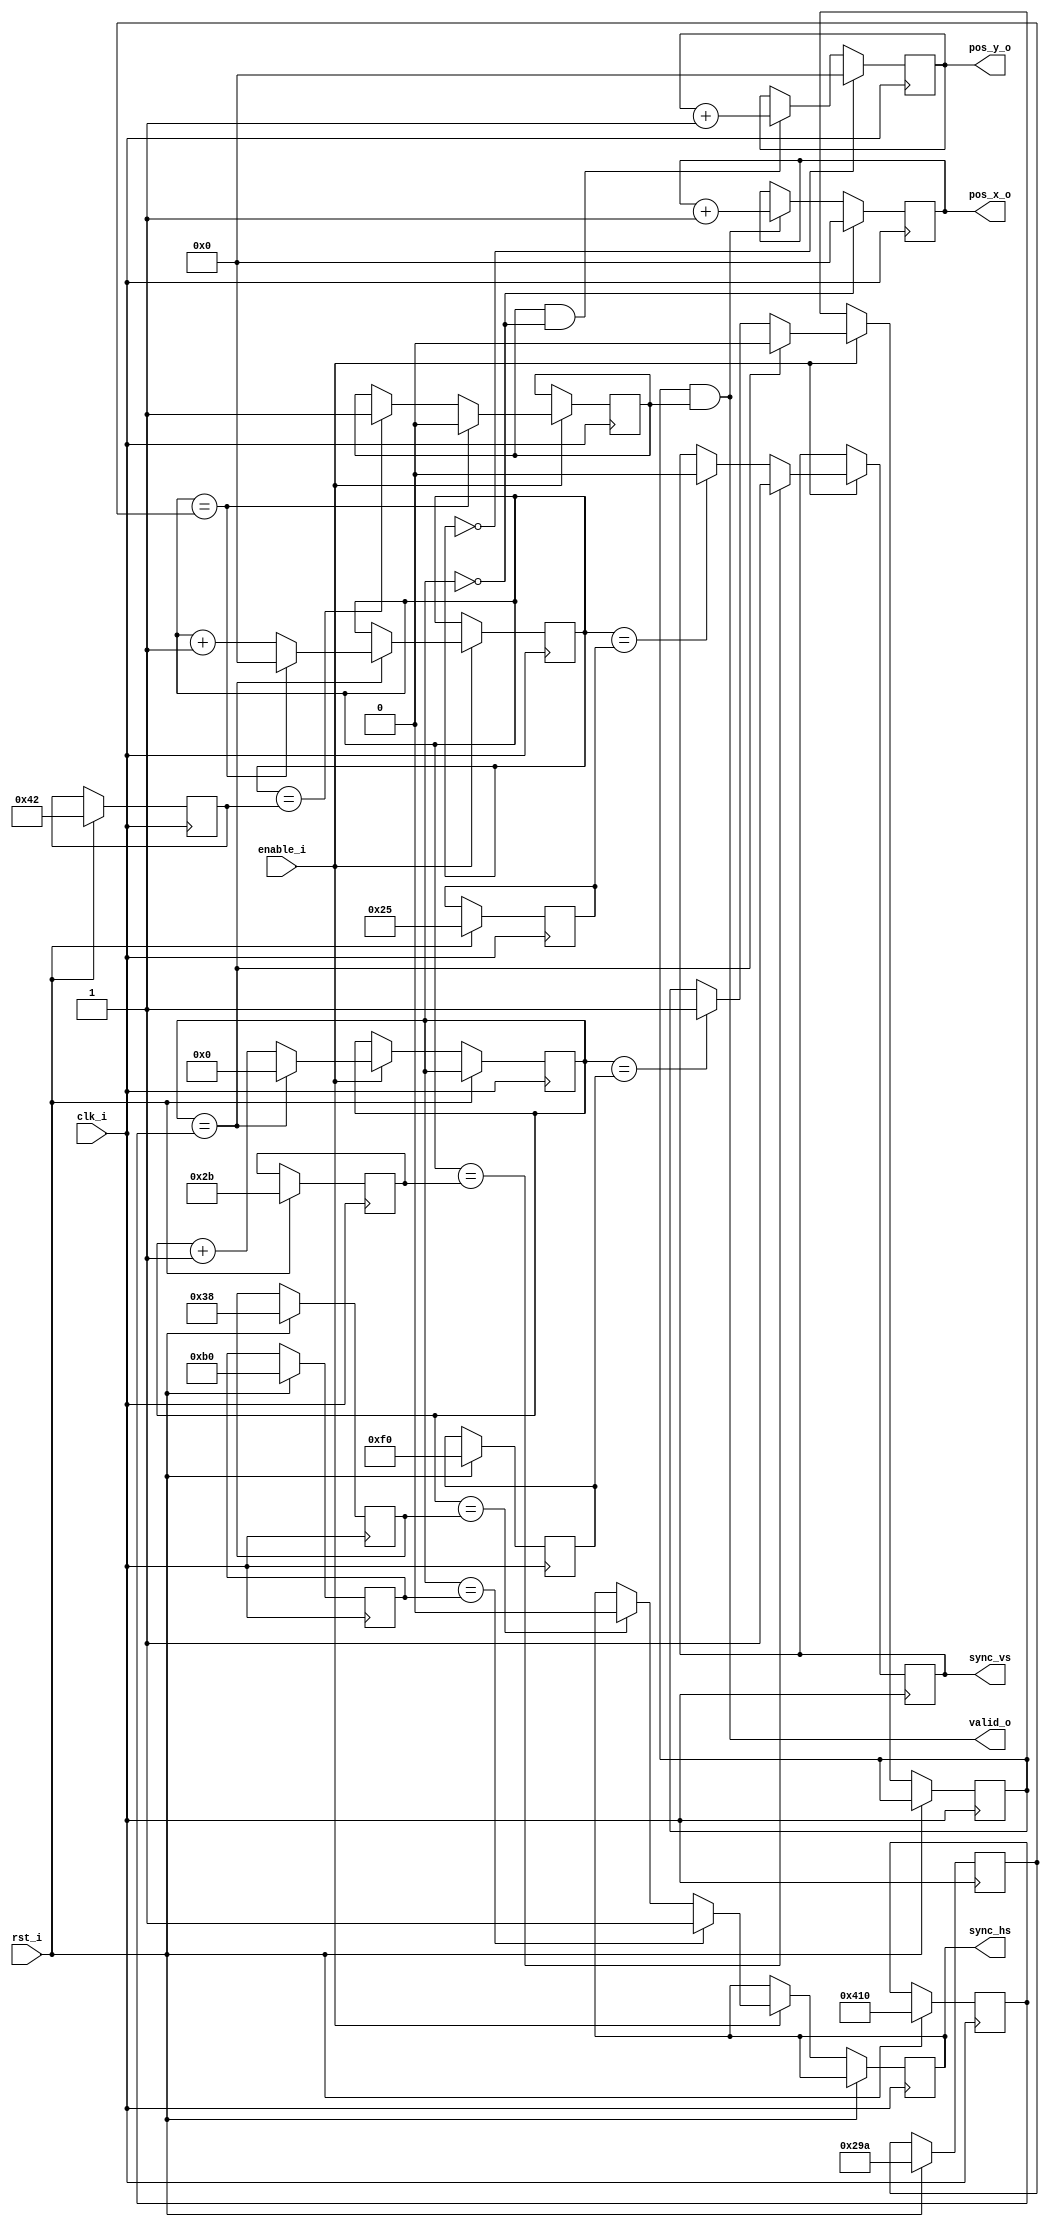
module vga_sync(
	input        rst_i, 
	input        clk_i,
	input        enable_i,
	output       valid_o,
	output [9:0] pos_x_o,
	output [9:0] pos_y_o,
	output       sync_vs,
	output       sync_hs
);

parameter H_FP     =  56; // Front porch (in pixels-clocks)
parameter H_BP     =  64; // Back porch (in pixels-clocks)
parameter H_PULSE  = 120; // HS pulse length (in pixels-clocks)
parameter H_PIXELS = 800; // Whole line
parameter V_FP     =  37; // Front porch (in lines)
parameter V_PULSE  =   6; // VS pulse length (in lines)
parameter V_BP     =  23; // Back porch (in lines)
parameter V_LINES  = 600; // Whole line

reg [10:0] hs_t_front;
reg [10:0] hs_t_pulse;
reg [10:0] hs_t_back;
reg [10:0] hs_t_total;
reg [ 9:0] vs_t_front;
reg [ 9:0] vs_t_pulse;
reg [ 9:0] vs_t_back;
reg [ 9:0] vs_t_total;
reg [10:0] count_hs = 11'h0;
reg [ 9:0] count_vs = 10'h0;

reg vid_hs          = 1'b1;
reg vid_vs          = 1'b1;
assign sync_vs = vid_vs;
assign sync_hs = vid_hs;

reg  vid_hvalid     = 1'b0;
reg  vid_vvalid     = 1'b0;
wire valid;
assign valid = (vid_hvalid && vid_vvalid);
assign valid_o = valid;

reg [9:0] pos_x;
reg [9:0] pos_y;
assign pos_x_o = pos_x;
assign pos_y_o = pos_y;

/**
 * Horizontal sync
 */
wire hs_last;
assign hs_last = (count_hs == hs_t_total);

always @(posedge clk_i)
begin
	if (rst_i) begin
		hs_t_front <= H_FP;
		hs_t_pulse <= H_FP + H_PULSE;
		hs_t_back  <= H_FP + H_PULSE + H_BP;
		hs_t_total <= H_FP + H_PULSE + H_BP + H_PIXELS;
		vs_t_front <= V_FP;
		vs_t_pulse <= V_FP + V_PULSE;
		vs_t_back  <= V_FP + V_PULSE + V_BP;
		vs_t_total <= V_FP + V_PULSE + V_BP + V_LINES;
	end else if (enable_i) begin
		if (hs_last)
			count_hs <= 11'd0;
		else
			count_hs <= count_hs + 1'd1;

		/* Start HS pulse after the front porch */
		if (count_hs == hs_t_front)
			vid_hs <= 1'b0;
		/* End of HS pulse (start of back porch) */
		if (count_hs == hs_t_pulse)
			vid_hs <= 1'b1;
		/* End of back porch */
		if (count_hs == hs_t_back)
			vid_hvalid <= 1'b1;
		/* End od visible pixels */
		if (hs_last)
			vid_hvalid <= 1'b0;
	end
end

/**
 * Vertical sync
 */
wire vs_last;
assign vs_last = (count_vs == vs_t_total);

always @(posedge clk_i)
begin
	if (enable_i) begin
		if (hs_last) begin
			if (vs_last)
				count_vs <= 10'd0;
			else
				count_vs <= count_vs + 1'd1;
		end
		/* Start of VS pulse after the front porch */
		if (count_vs == vs_t_front)
			vid_vs <= 1'b0;
		/* End of VS pulse (start of back porch) */
		if (count_vs == vs_t_pulse)
			vid_vs <= 1'b1;
		/* Start of visible pixels , end of back porch */
		if (count_vs == vs_t_back)
			vid_vvalid <= 1'b1;
		/* End of visible pixels */
		if (vs_last)
			vid_vvalid <= 1'b0;
	end // if enable_i
end

/**
 * Create X and Y coord from sync signals
 *
 */
always @(posedge clk_i)
begin
	if (count_vs == 0)
		pos_y <= 10'h0;
	else if (vid_vvalid && (count_hs == 0))
		pos_y <= pos_y + 10'd1;
	
	if (count_hs == 0)
		pos_x <= 10'b0;
	else if (valid)
		pos_x <= pos_x + 10'd1;
end

endmodule